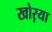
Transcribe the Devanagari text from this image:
खोऱया